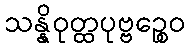
သန္နိဝုတ္ထပုဗ္ဗဉ္စေဝ